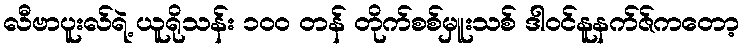
လီဗာပူးလ်ရဲ့ ယူရိုသန်း ၁၀၀ တန် တိုက်စစ်မှူးသစ် ဒါဝင်နူနက်ဇ်ကတော့